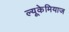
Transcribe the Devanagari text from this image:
ल्यूकेमियाज